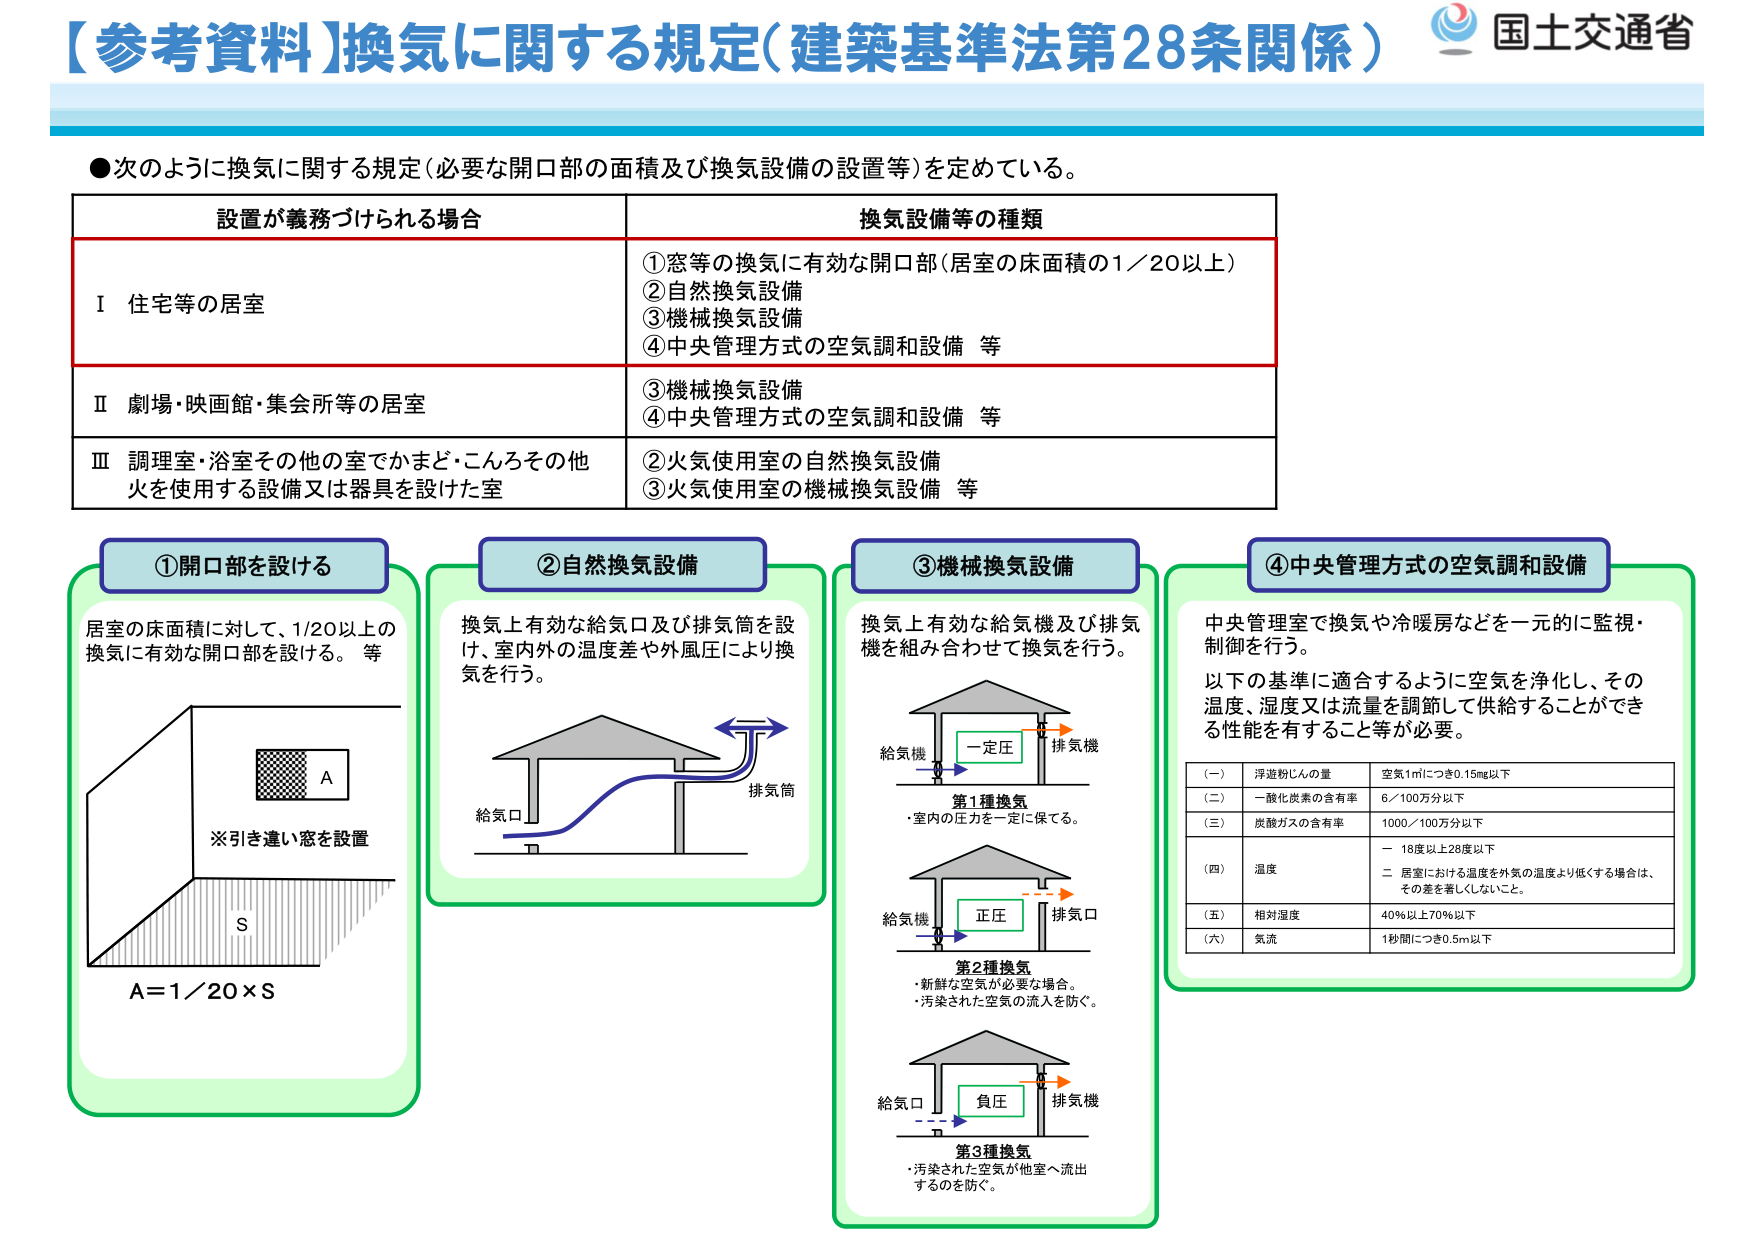
【参考資料】換気に関する規定（建築基準法第28条関係）
国土交通省

●次のように換気に関する規定（必要な開口部の面積及び換気設備の設置等）を定めている。

| 設置が義務づけられる場合 | 換気設備等の種類 |
|--------------------------|------------------|
| Ⅰ 住宅等の居室           | ①窓等の換気に有効な開口部（居室の床面積の1／20以上）<br>②自然換気設備<br>③機械換気設備<br>④中央管理方式の空気調和設備 等 |
| Ⅱ 劇場・映画館・集会所等の居室 | ③機械換気設備<br>④中央管理方式の空気調和設備 等 |
| Ⅲ 調理室・浴室その他の室でかまど・こんろその他火を使用する設備又は器具を設けた室 | ②火気使用室の自然換気設備<br>③火気使用室の機械換気設備 等 |

①開口部を設ける
居室の床面積に対して、1/20以上の換気に有効な開口部を設ける。 等
※引き違い窓を設置
A = 1／20 × S

②自然換気設備
換気上有効な給気口及び排気筒を設け、室内外の温度差や外風圧により換気を行う。
給気口
排気筒

③機械換気設備
換気上有効な給気機及び排気機を組み合わせて換気を行う。
給気機 一定圧 排気機
第1種換気
・室内の圧力を一定に保てる。
給気機 正圧 排気口
第2種換気
・新鮮な空気が必要な場合。<br>・汚染された空気の流入を防ぐ。
給気口 負圧 排気機
第3種換気
・汚染された空気が他室へ流出するのを防ぐ。

④中央管理方式の空気調和設備
中央管理室で換気や冷暖房などを一元的に監視・制御を行う。
以下の基準に適合するように空気を浄化し、その温度、湿度又は流量を調節して供給することができる性能を有すること等が必要。

| （一） | 浮遊粉じんの量 | 空気1㎥につき0.15mg以下 |
|--------|----------------|--------------------------|
| （二） | 一酸化炭素の含有率 | 6／100万分以下 |
| （三） | 炭酸ガスの含有率 | 1000／100万分以下 |
| （四） | 温度 | 一 18度以上28度以下<br>二 居室における温度を外気の温度より低くする場合は、その差を著しくしないこと。 |
| （五） | 相対湿度 | 40％以上70％以下 |
| （六） | 気流 | 1秒間につき0.5m以下 |